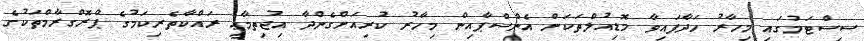
ސިސްޓަމުގައި މިހާރު ހަދާފައިވާ މޮޑިއުލްތަކަށް އެންސްޕާއިން މިހާރު ކުރިއަށްގެންދާ އިޖުތިމާޢީ ރައްކާތެރިކަމުގެ ޕްރޮގްރާމްތަކުގެ